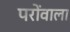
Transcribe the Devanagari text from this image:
परोंवाला